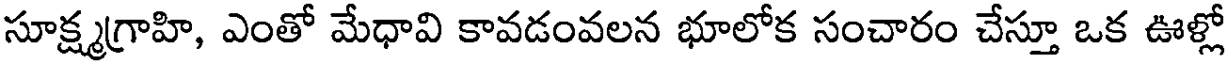
సూక్ష్మగ్రాహి, ఎంతో మేధావి కావడంవలన భూలోక సంచారం చేస్తూ ఒక ఊళ్లో